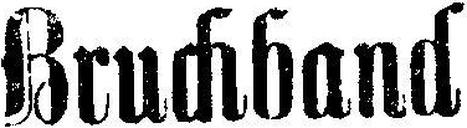
Bruchband